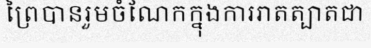
ព្រៃបានរួមចំណែកក្នុងការរាតត្បាតជា